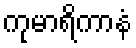
ကုမာရိကာနံ